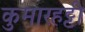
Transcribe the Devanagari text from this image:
कुमारहट्टी